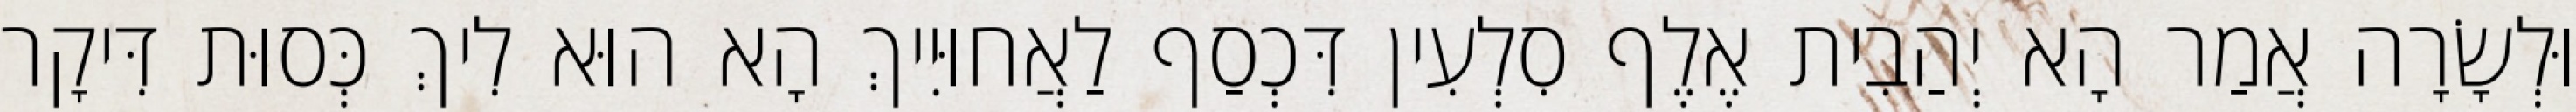
וּלְשָׂרָה אֲמַר הָא יְהַבִית אֶלֶף סִלְעִין דִּכְסַף לַאֲחוּיִיךְ הָא הוּא לִיךְ כְּסוּת דִּיקָר